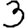
Digit: 3